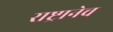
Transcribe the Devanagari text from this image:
राष्ट्रानेच